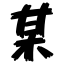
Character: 某